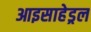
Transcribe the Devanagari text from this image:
आइसाहेड्रल